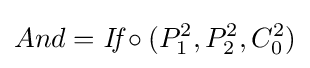
And={\textit {If}}\circ (P_{1}^{2},P_{2}^{2},C_{0}^{2})